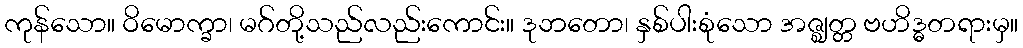
ကုန်သော။ ဝိမောက္ခာ၊ မဂ်တို့သည်လည်းကောင်း။ ဒုဘတော၊ နှစ်ပါးစုံသော အဇ္ဈတ္တ ဗဟိဒ္ဓတရားမှ။